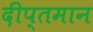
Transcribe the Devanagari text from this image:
दीप्तमान